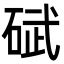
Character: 碔